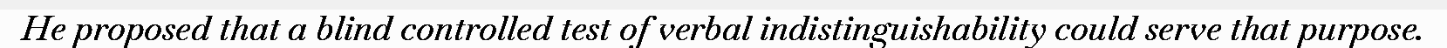
He proposed that a blind controlled test of verbal indistinguishability could serve that purpose.